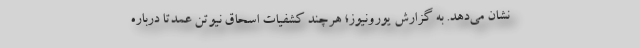
نشان می‌دهد. به گزارش یورونیوز؛ هرچند کشفیات اسحاق نیوتن عمدتا درباره